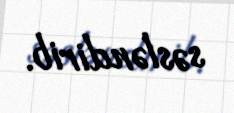
səsləndirib.